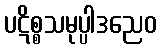
ပဋိစ္စသမုပ္ပါဒညေဝ